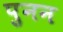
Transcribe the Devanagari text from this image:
पुनन